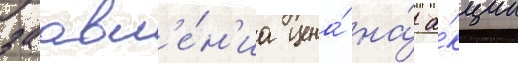
заавл'е́н'иа цена́ на́ а́кции